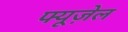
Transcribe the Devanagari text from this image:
फ्यूज़ेल